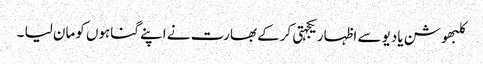
کلبھوشن یادیو سے اظہاریکجہتی کرکے بھارت نے اپنے گناہوں کومان لیا ۔